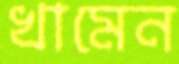
খামেন